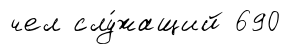
чел слу́жащий 690